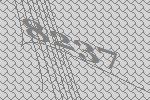
8237